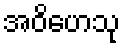
အဝိဟေသု